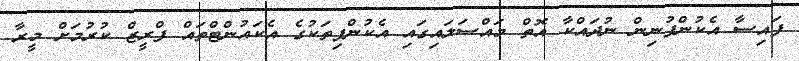
ފައިސާ އެކުންފުނިން ނުދައްކާ އޮތް މައްސަލައިގައި އެކުންފިތަކުގެ އެކައުންޓްތައް ފްރީޒް ކުރުމަށް މީރާ